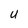
Character: U